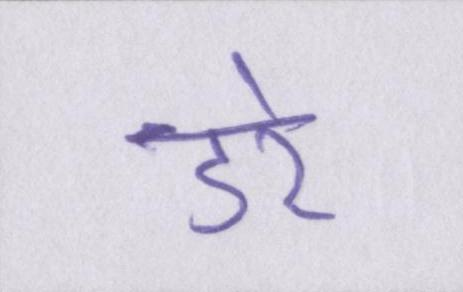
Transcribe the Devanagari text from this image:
डरे